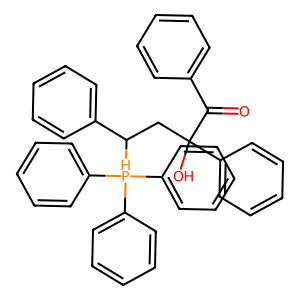
SMILES: O=C(c1ccccc1)C(O)(CC(c1ccccc1)[PH](c1ccccc1)(c1ccccc1)c1ccccc1)c1ccccc1
Inhibits HIV replication: No